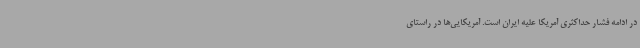
در ادامه فشار حداکثری آمریکا علیه ایران است. آمریکایی‌ها در راستای